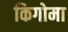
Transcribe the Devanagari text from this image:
किगोमा